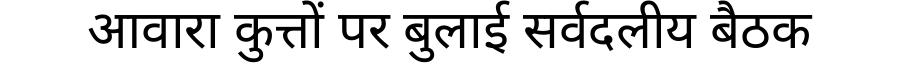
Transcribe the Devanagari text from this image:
आवारा कुत्तों पर बुलाई सर्वदलीय बैठक